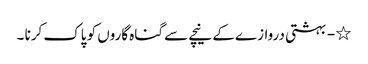
٭ - بہشتی دروازے کے نیچے سے گناہ گاروں کو پاک کرنا ۔